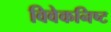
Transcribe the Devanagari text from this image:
विवेकनिष्ट